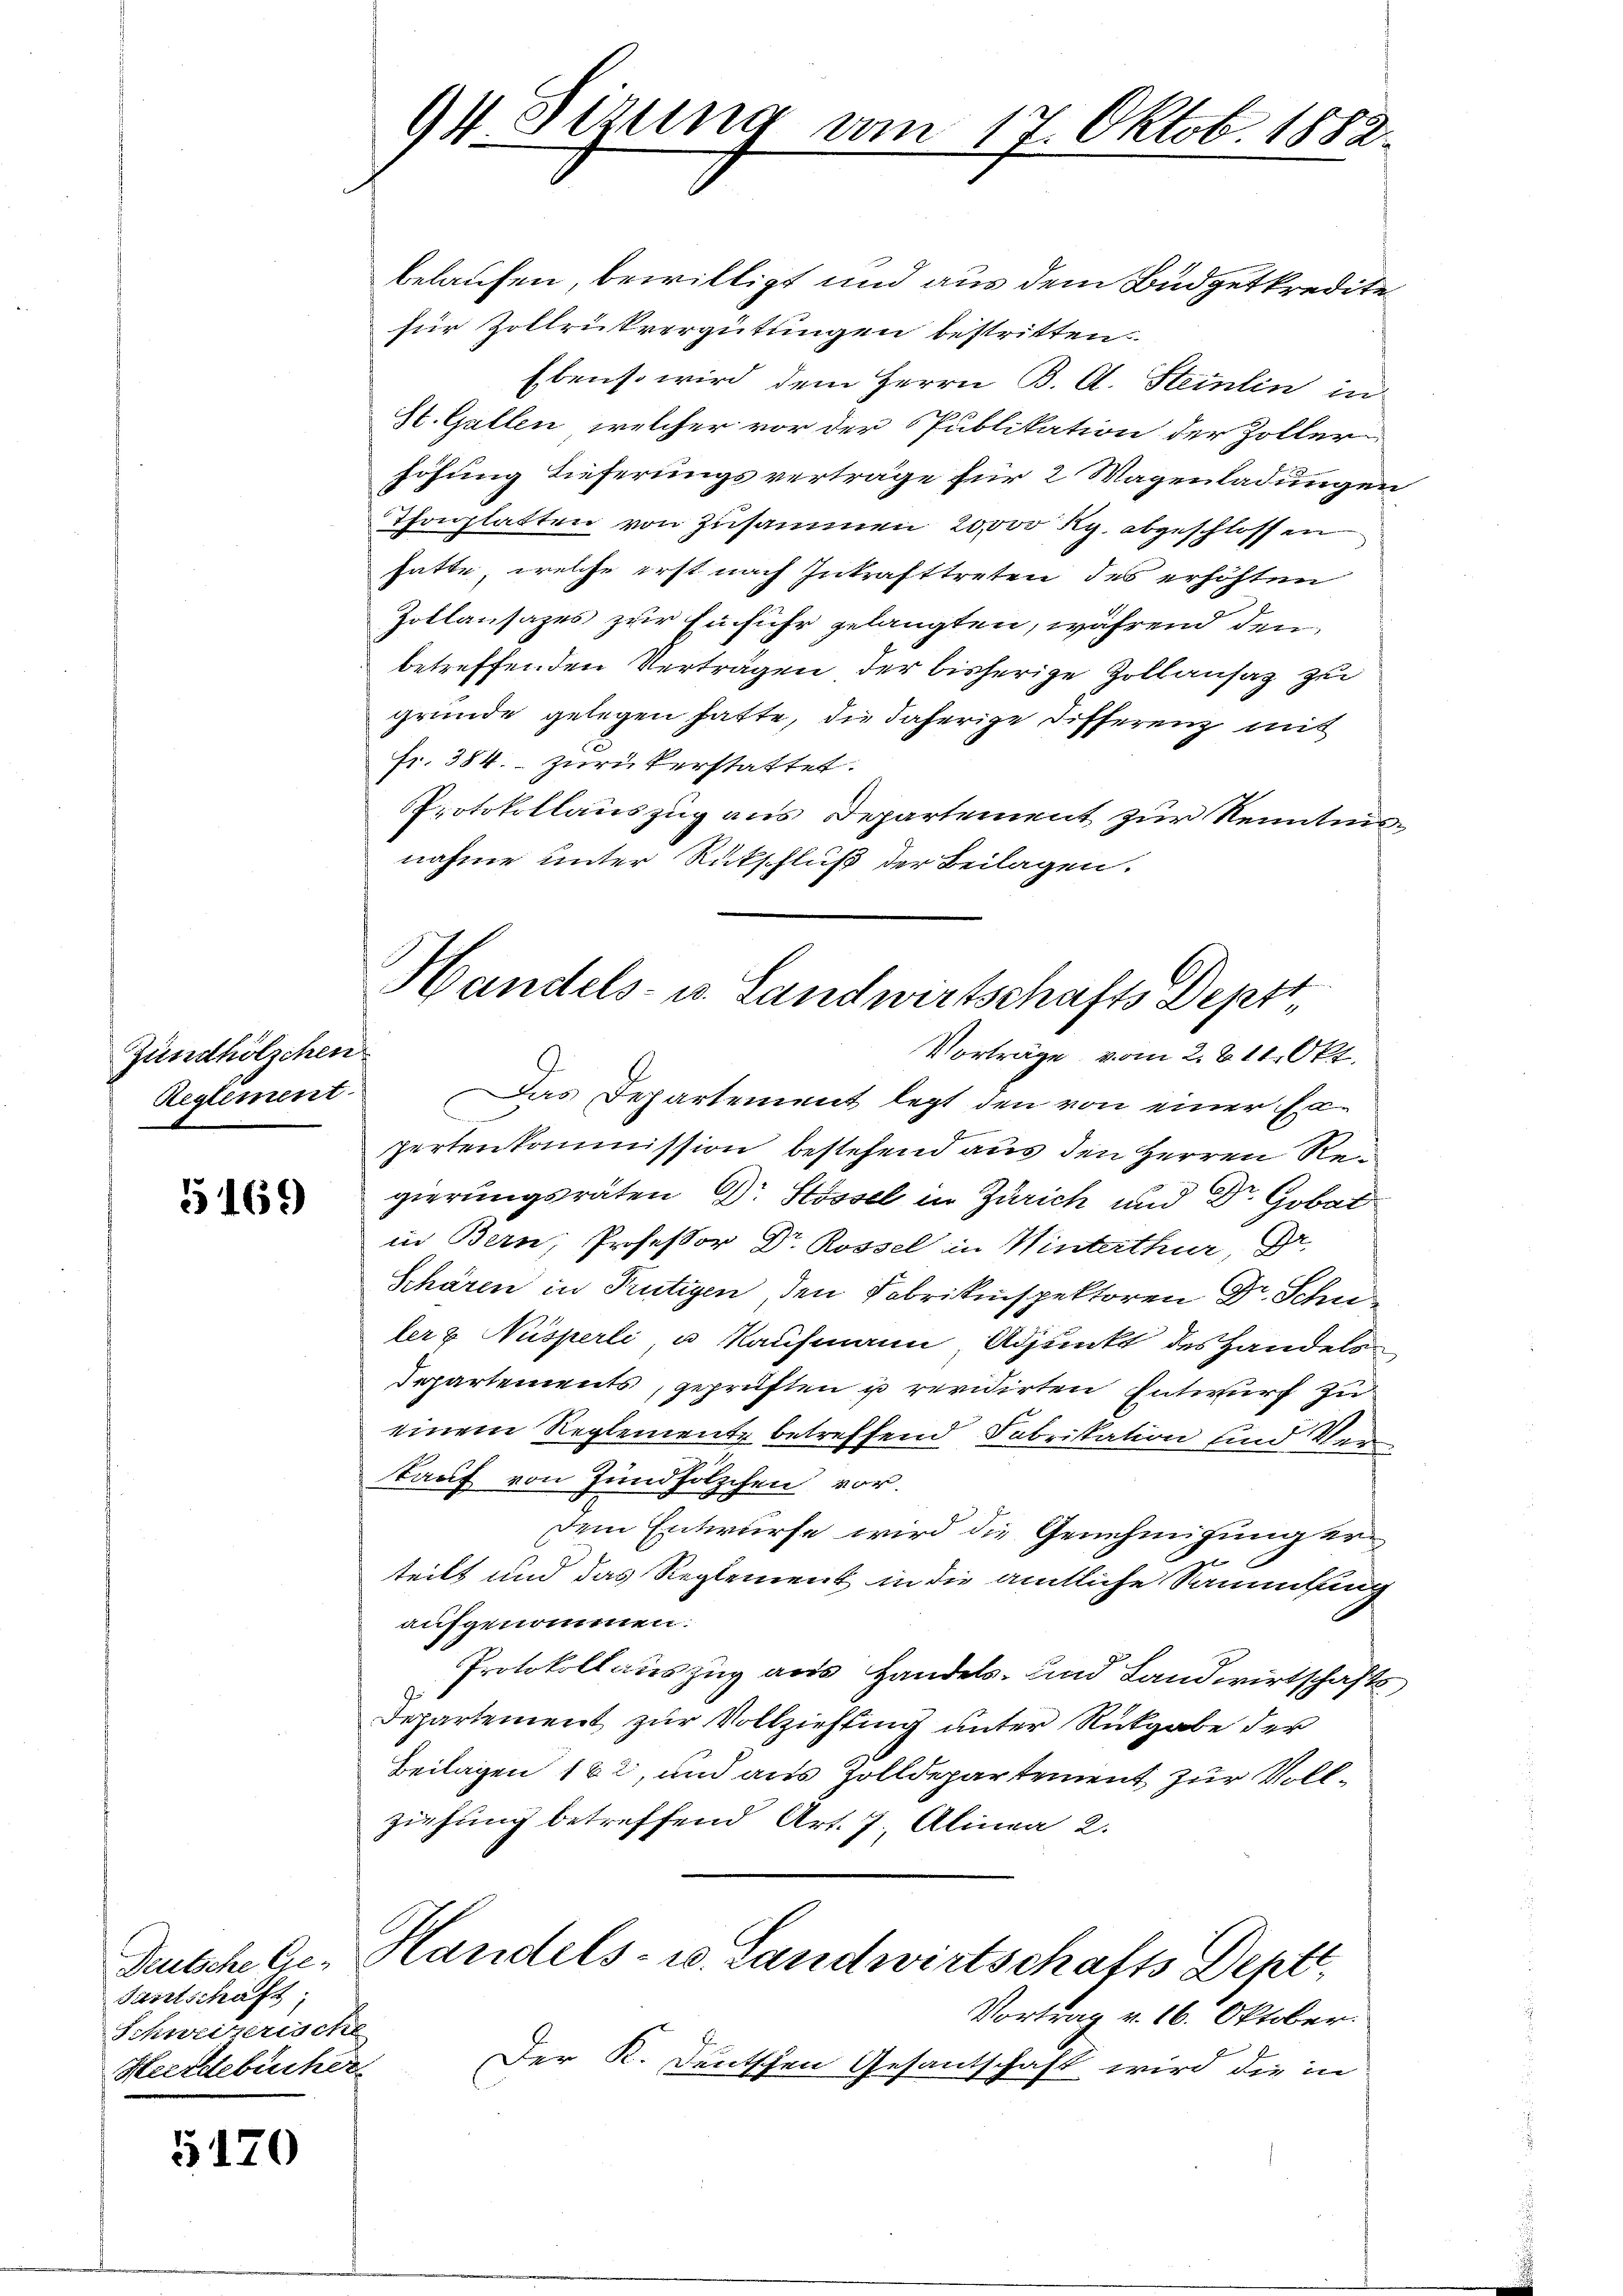
Zündhölzchen
Reglement

5169

Tartschaft
Schweizerische
Heerdebücher

5120

94 Sizung vom 17. Oktob. 1882.

Handels- u. Landwirtschafts Deptt¬
Vorträge vom 2. 811. Okt.

belaufen, bewilligt und aus dem Büdgetkredite
fier Zollrukvergütungen bestritten.
Ebenso wird dem Herrn B. A. Steinlin in
St. Gallen, welcher vor der Publikation der Zoller
höhung tieferungsverträge für 2 Wagenladungen
Thonplatten von Zusammen 20,000 Rp. abgeschlossen
hatte, welche erst nach Inkrafttreten des erhöhten
Zollansazes zur Einfuhr gelangten, während den
betreffenden Verträgen der bisherige Zollansaz zu
gründe gelegen hatte, die daherige Differenz mit
fr. 384. zurückerstattet.
Protokollauszug aus Departement zur Kenntnisnahme unter Rückschluß der Beilagen.
9.
Das Departement legt den von einer Exl
pertenkommission bestehend aus den Herren Regierungsräten Dr. Stossel in Zürich und Dr. Gobar
in Bern, Professor Dr. Rossel in Winterthur, Dr.
Schären in Frutigen den Fabrikinspektoren Dr. Schn
ler & Nüsperli, u. Kaufmann Adjunkt des Handels
Separtements, geprüften u revidirten Entwurf zu
einem Reglemente betreffend Fabrikation und Ver
kauf von Zündhölzchen vor.
dem Entwurfe wird die Genehmigung erteilt und das Reglement in die amtliche Sammlung
aufgenommen.
Protokollauszug aus Handels- und Landwirtschafts
Departement zur Vollziehung unter Rückgabe der
Beilagen 162, und aus Zolldepartement zur Vollziehung betreffend Art. 7. Alinea 2.
Deutsche Ge- Handels- u. Landwirtschafts Deptt
Vortrag v. 16. Oktober.
Der K. Deutschen Gesantschaft wird die in